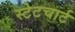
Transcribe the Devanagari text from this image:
स्टेटचार्ट